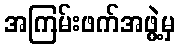
အကြမ်းဖက်အဖွဲ့မှ